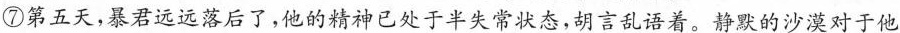
⑦第五天，暴君远远落后了，他的精神已处于半失常状态，胡言乱语着。静默的沙漠对于他